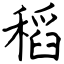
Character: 稻